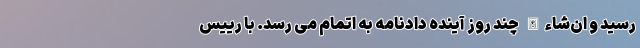
رسید و ان‌شاءالله چند روز آینده دادنامه به اتمام می رسد. با رییس